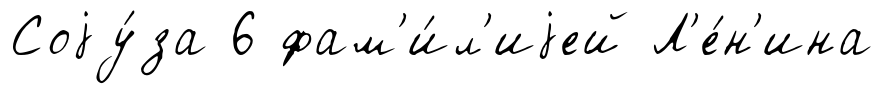
Соjу́за 6 фам'и́л'иjей Л'е́н'ина